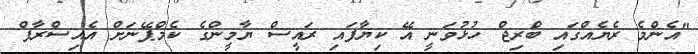
"އެންމެ ރެޔެއްގައި ބްރިޖް ހުޅުވަނީ އޭ ކިޔާފައި ރައީސް ޔާމީންގެ ކެމްޕޭނަށް އެއިސްރާފް